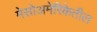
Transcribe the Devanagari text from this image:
मेसोअमेरिकेतील